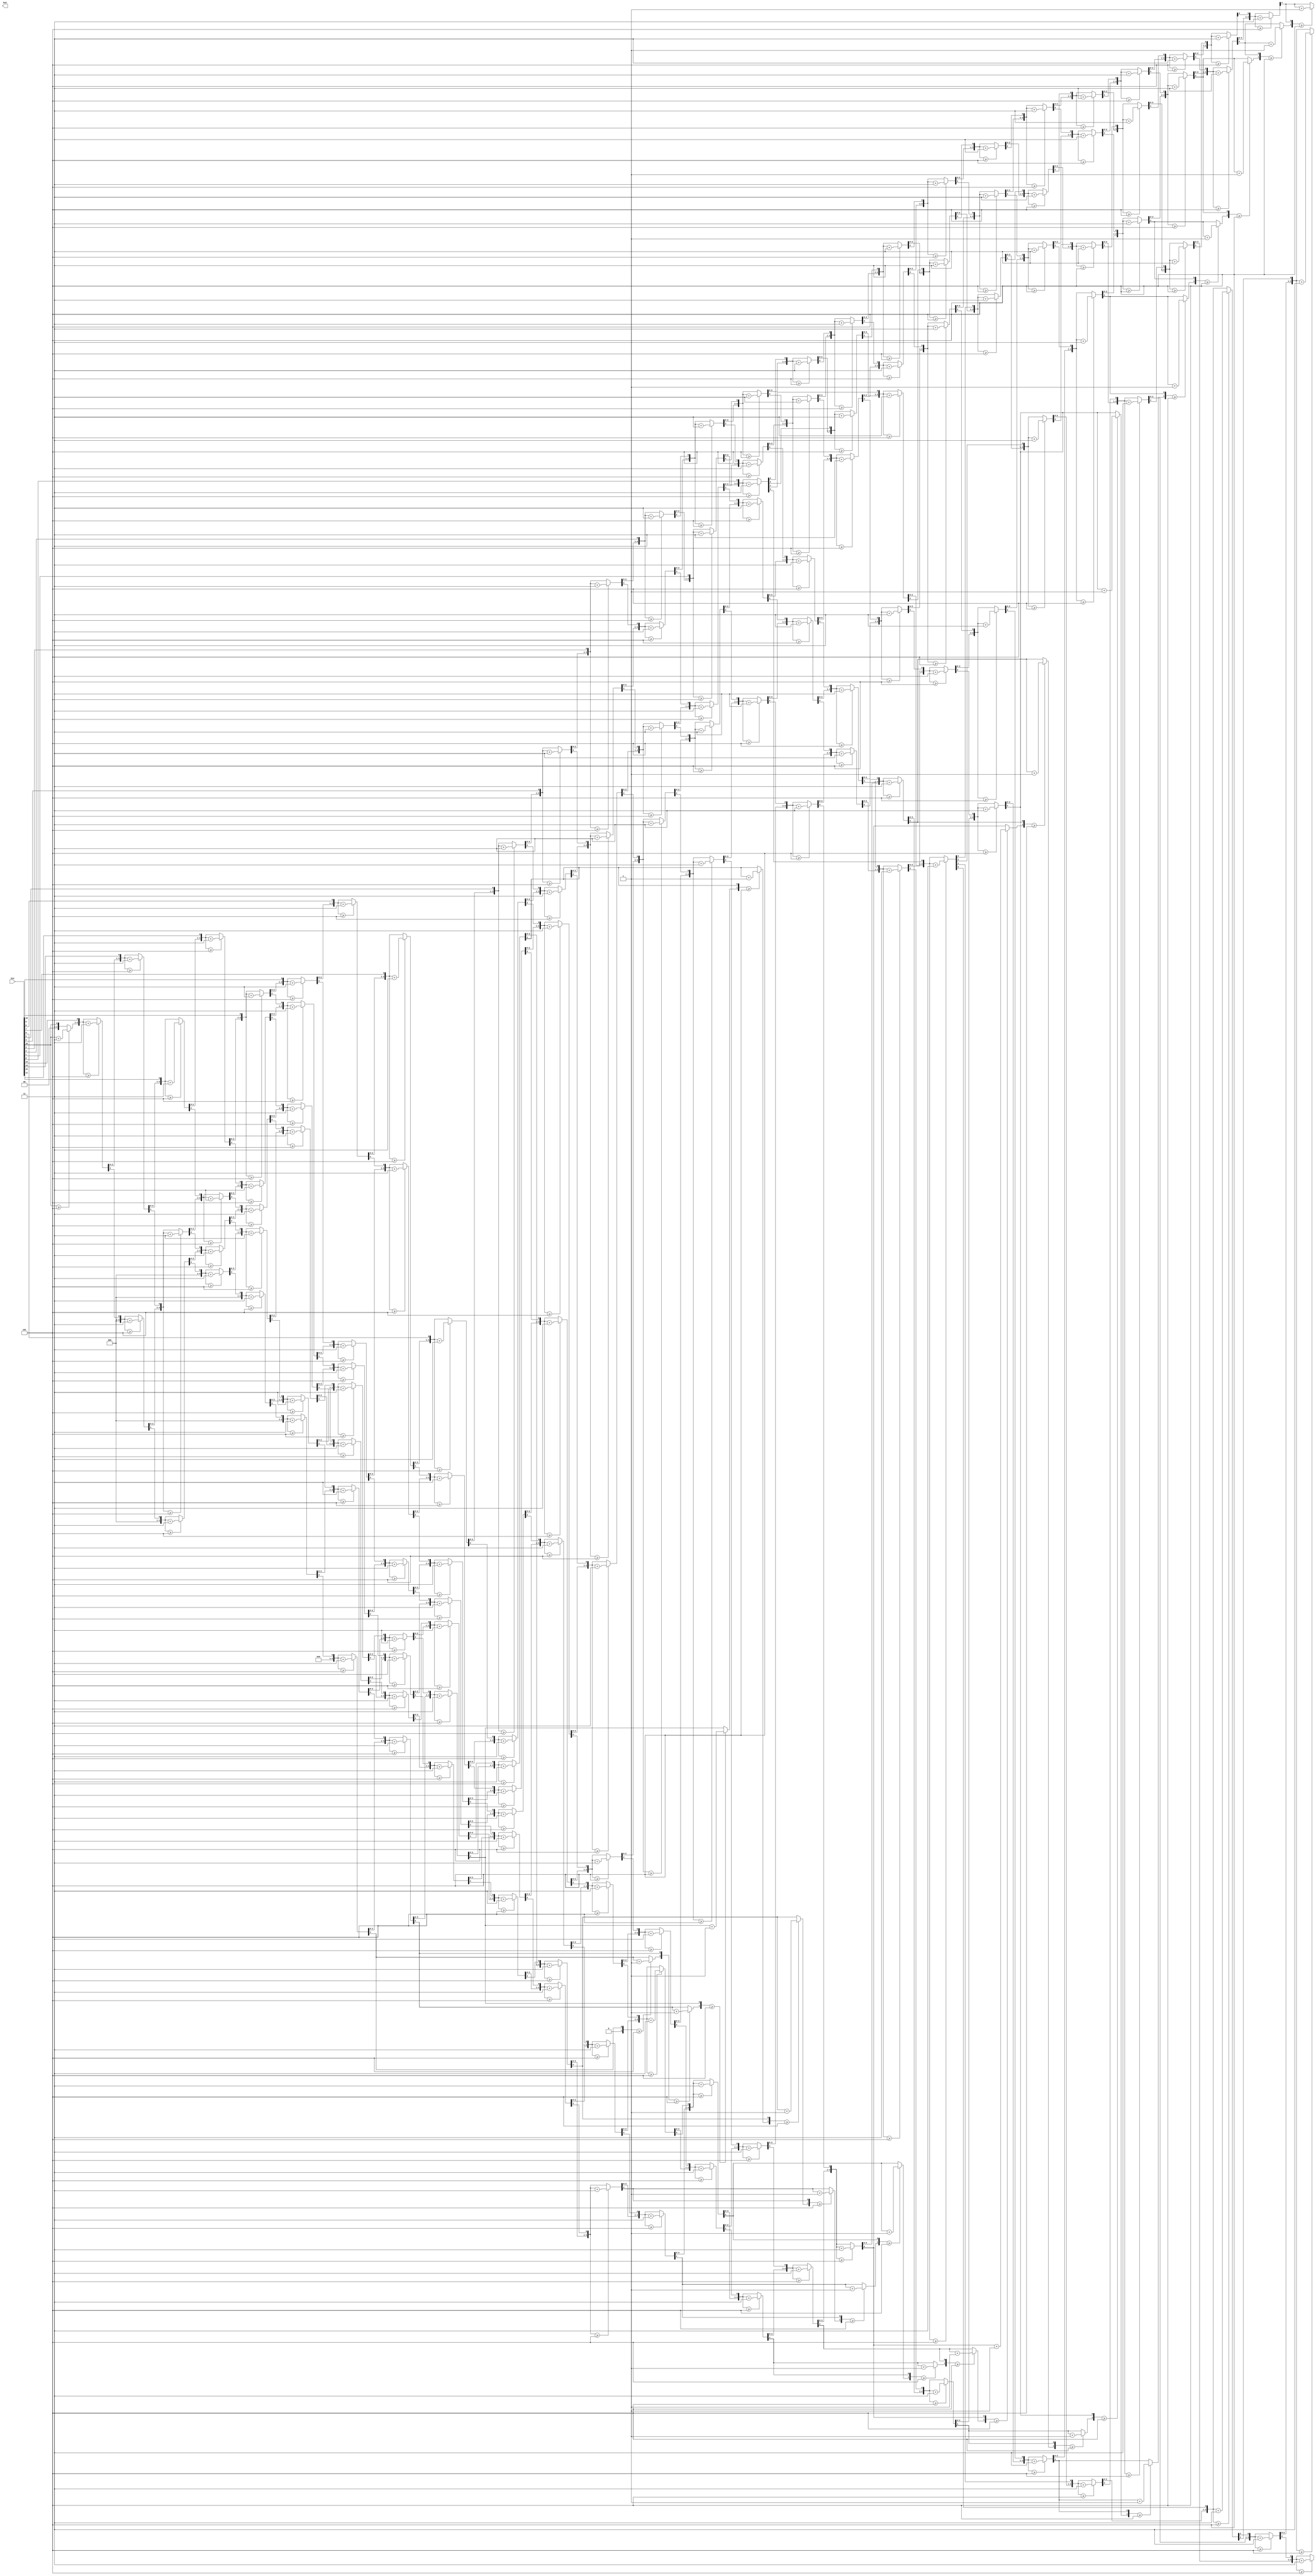
module bin2bcd(
   input [26:0] bin,
   output reg [31:0] bcd
   );
   
integer i;
	
always @(bin) begin
    bcd=0;		 	
    for (i=0;i<27;i=i+1) begin			
    if (bcd[3:0] >= 5) bcd[3:0] = bcd[3:0] + 3;	
	if (bcd[7:4] >= 5) bcd[7:4] = bcd[7:4] + 3;
	if (bcd[11:8] >= 5) bcd[11:8] = bcd[11:8] + 3;
	if (bcd[15:12] >= 5) bcd[15:12] = bcd[15:12] + 3;
	if (bcd[19:16] >= 5) bcd[19:16] = bcd[19:16] + 3;
	if (bcd[23:20] >= 5) bcd[23:20] = bcd[23:20] + 3;
	if (bcd[27:23] >= 5) bcd[27:23] = bcd[27:23] + 3;
	if (bcd[31:27] >= 5) bcd[31:27] = bcd[31:27] + 3;
	bcd = {bcd[27:0],bin[15-i]};			
    end
end
endmodule